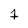
Character: 7